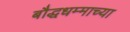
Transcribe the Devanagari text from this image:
बौद्धधम्माच्या